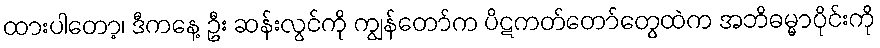
ထားပါတော့၊ ဒီကနေ့ ဦး ဆန်းလွင်ကို ကျွန်တော်က ပိဋကတ်တော်တွေထဲက အဘိဓမ္မာပိုင်းကို